65_HS1-834228961_62-HQ-83894_Section_2
Agency: FBI
Page 129
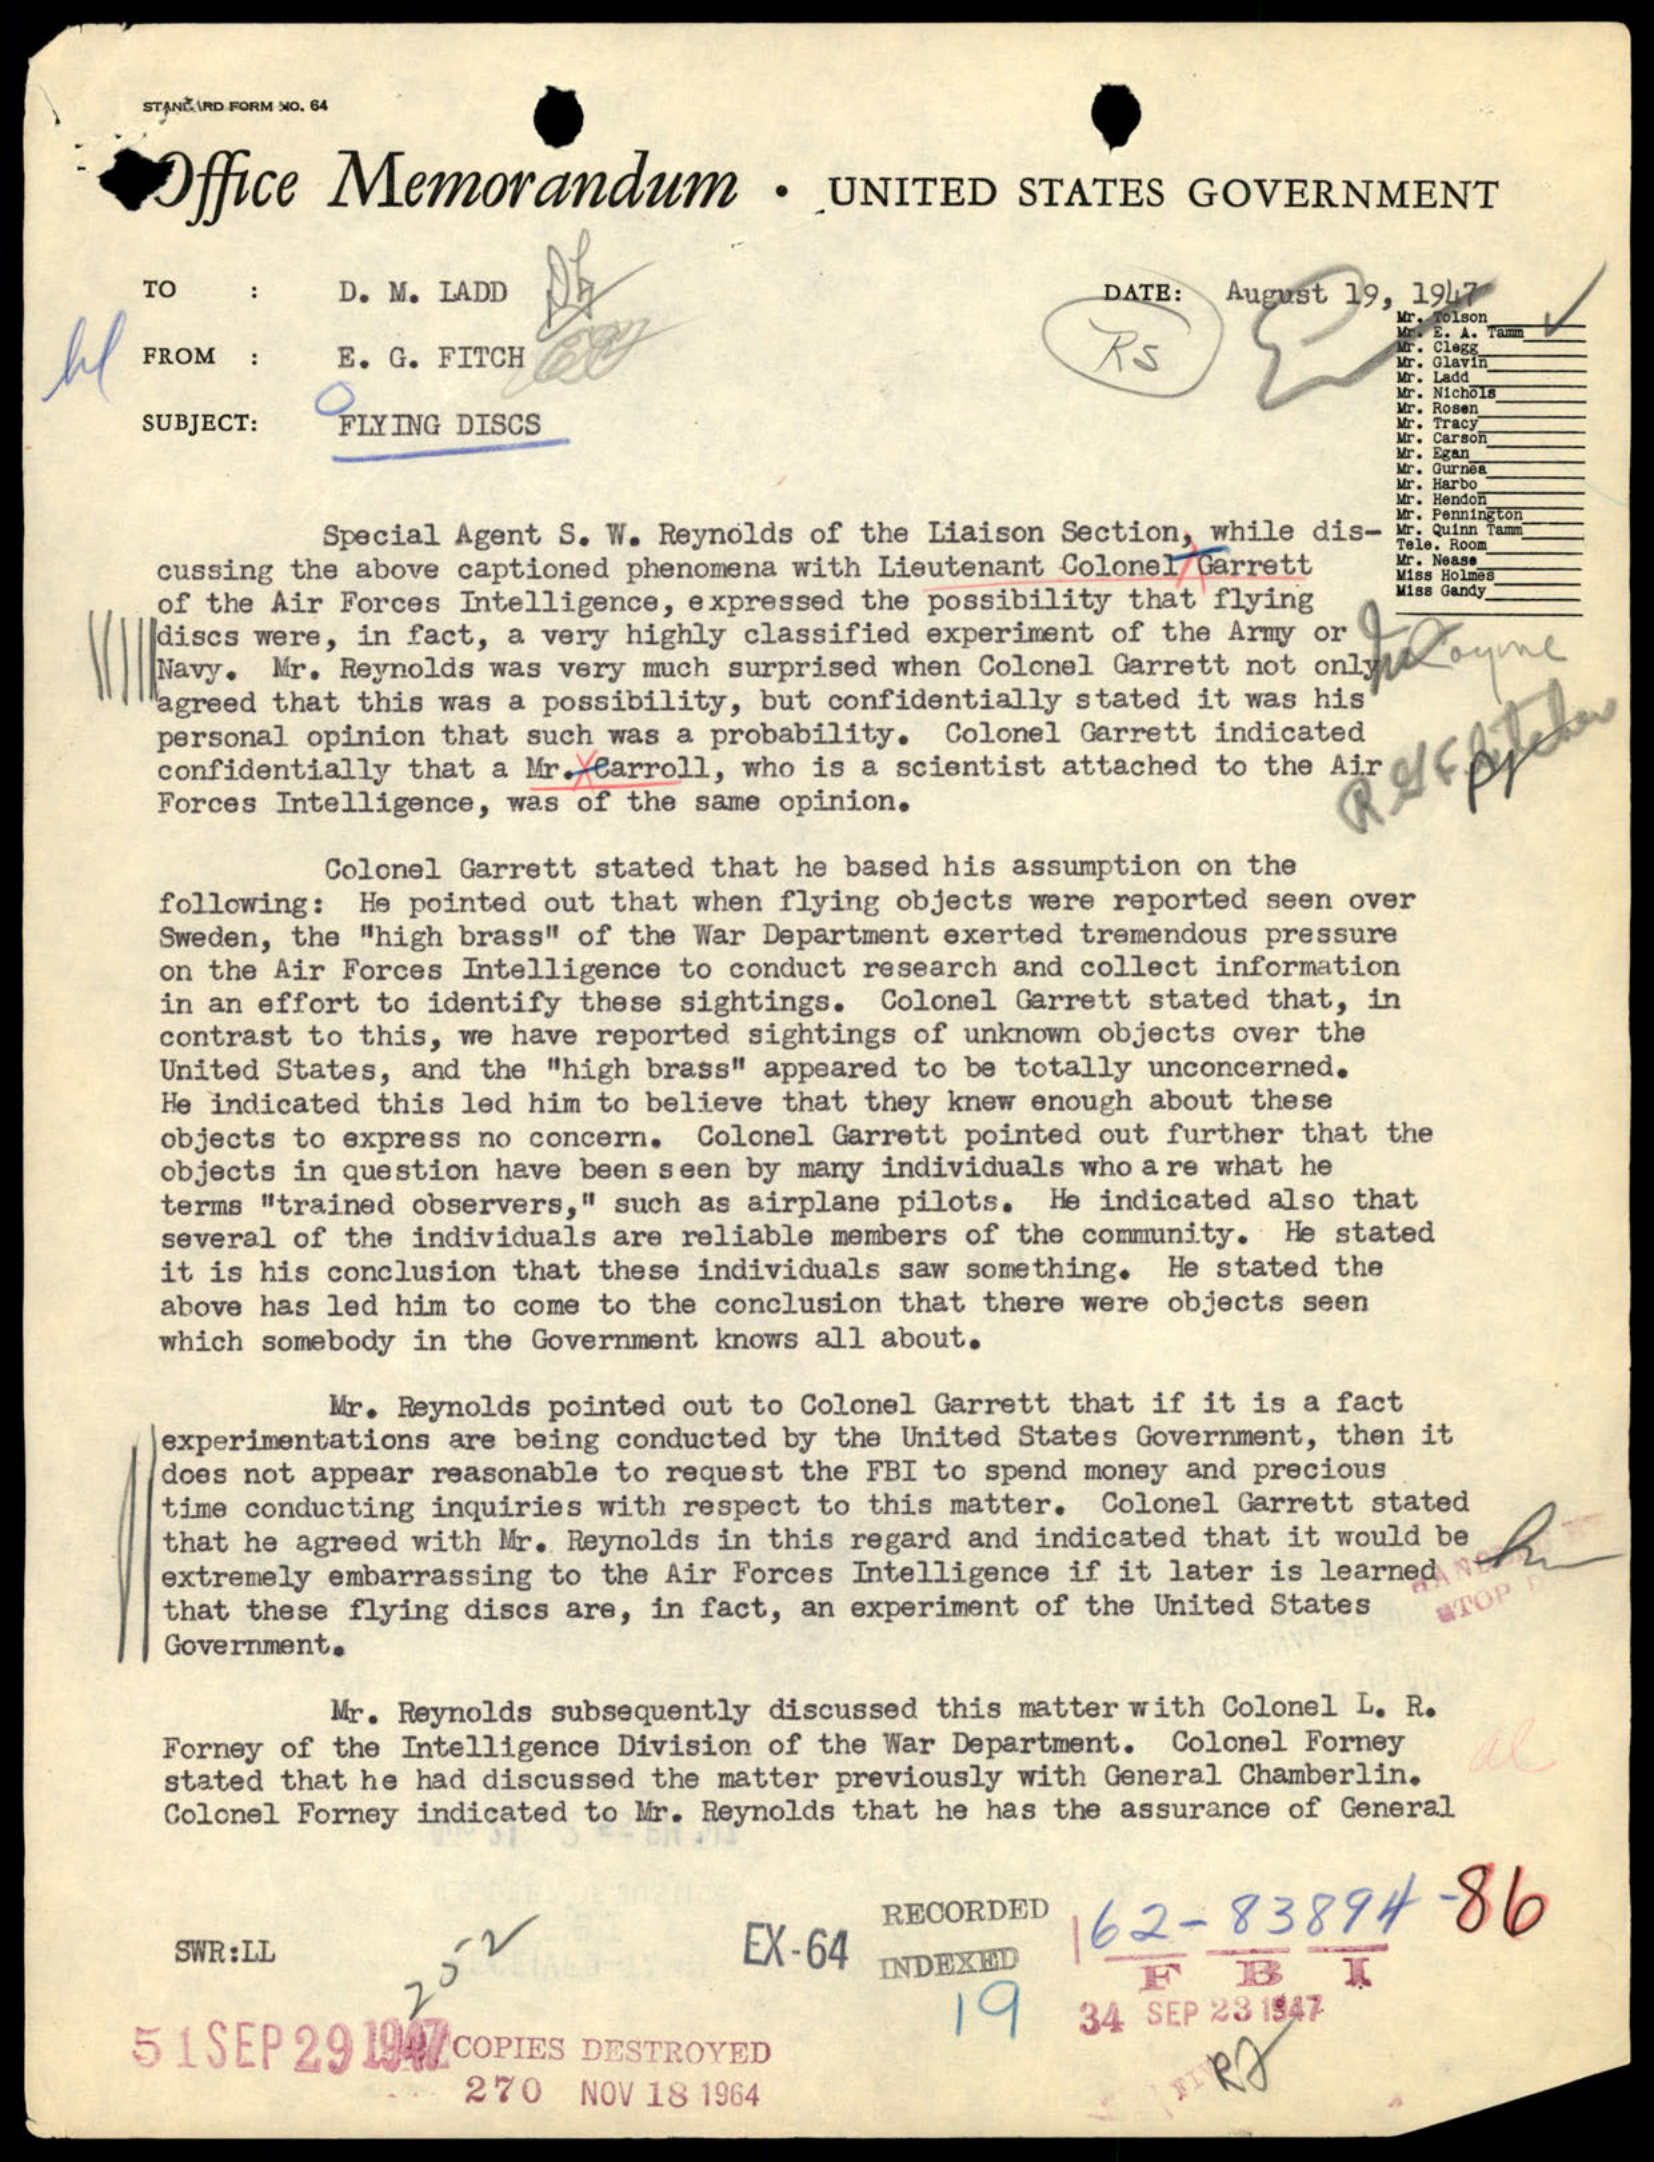